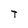
Character: T